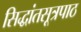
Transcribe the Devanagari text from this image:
सिद्धांतसूत्रपाठ